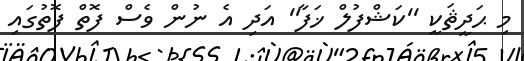
މި ޙަދީޘަކީ ''ކަޝްފުލް ޚަފާ'' އަދި އެ ނުން ވެސް ފޮތް ފޮތުގައި